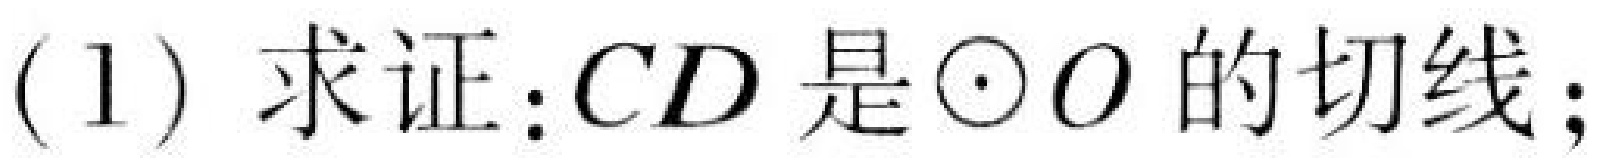
(1) 求证：\(CD\)是\(\odot O\)的切线；